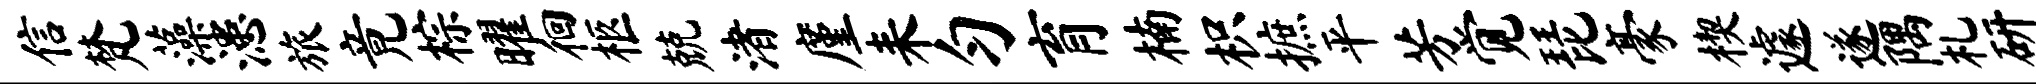
信梵藻漶旅竟棕曜徊柩兢渚廑耒匀育楠枳摭平芳觉琵豪楔遽遂隅札研